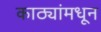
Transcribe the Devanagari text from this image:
काठ्यांमधून